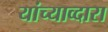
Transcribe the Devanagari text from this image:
यांच्याव्दारा